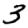
Digit: 3